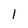
Character: l